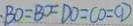
B O = B ^ { X } = D O = C O = C D